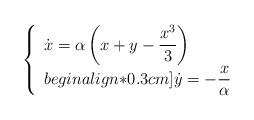
LaTeX: \begin{align*} \left\{ \begin{array}{l} \dot{x} = \alpha \left( \displaystyle x + y - \frac{x^3}{3} \right) \\begin{align*}0.3cm] \dot{y} = - \displaystyle \frac{x}{\alpha} \end{array} \right.\end{align*}